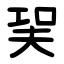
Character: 㠬